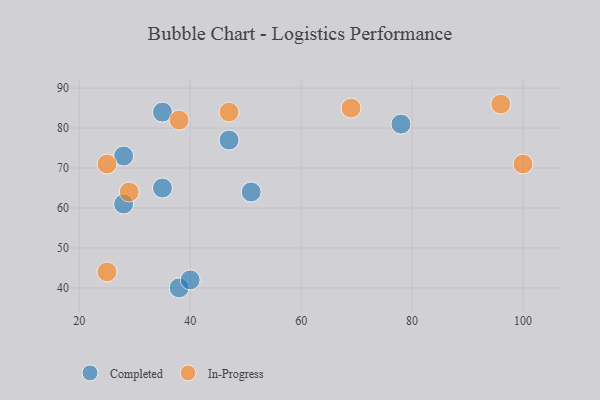
{"axis": {"x": "GDP", "y": "Life Expectancy"}, "legend": ["Completed", "In-Progress"], "data": [{"x": "47", "y": 77, "type": "Completed"}, {"x": "35", "y": 84, "type": "Completed"}, {"x": "78", "y": 81, "type": "Completed"}, {"x": "35", "y": 65, "type": "Completed"}, {"x": "38", "y": 40, "type": "Completed"}, {"x": "40", "y": 42, "type": "Completed"}, {"x": "51", "y": 64, "type": "Completed"}, {"x": "28", "y": 73, "type": "Completed"}, {"x": "28", "y": 61, "type": "Completed"}, {"x": "38", "y": 82, "type": "In-Progress"}, {"x": "100", "y": 71, "type": "In-Progress"}, {"x": "96", "y": 86, "type": "In-Progress"}, {"x": "47", "y": 84, "type": "In-Progress"}, {"x": "25", "y": 44, "type": "In-Progress"}, {"x": "29", "y": 64, "type": "In-Progress"}, {"x": "69", "y": 85, "type": "In-Progress"}, {"x": "25", "y": 71, "type": "In-Progress"}]}